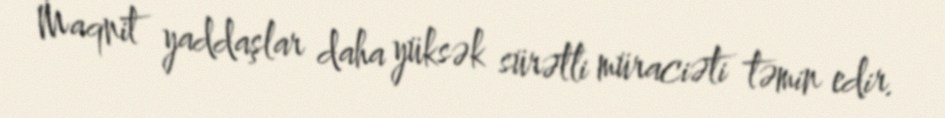
Maqnit yaddaşlar daha yüksək sürətli müraciəti təmin edir.